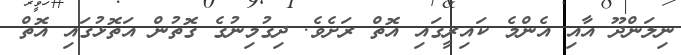
ނިލަންދޫ އާއި އެންމެ ކައިރީގައި އޮތް ރަށެވެ. ދިގުމިނުގެ ގޮތުން އަތޮޅުގައި އޮތް